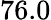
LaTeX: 76.0